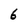
Character: 6